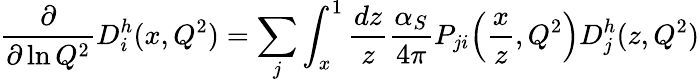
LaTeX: {\frac{\partial}{\partial\ln Q^{2}}}D_{i}^{h}(x,Q^{2})=\sum_{j}\int_{x}^{1}{\frac{dz}{z}}{\frac{\alpha_{S}}{4\pi}}P_{ji}\! \left({\frac{x}{z}},Q^{2}\right)D_{j}^{h}(z,Q^{2})